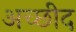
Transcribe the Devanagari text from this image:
अच्छीद